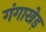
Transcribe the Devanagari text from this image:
गंगाखेड़